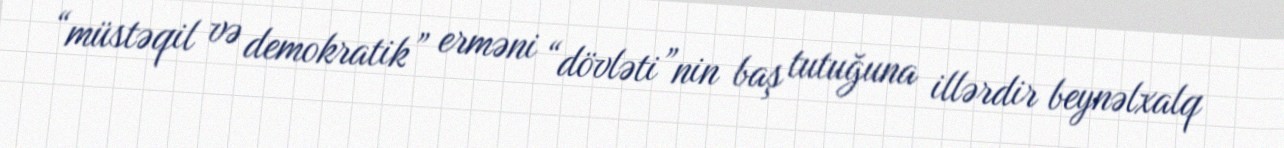
“müstəqil və demokratik” erməni “dövləti”nin baş tutuğuna illərdir beynəlxalq